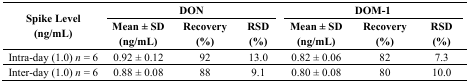
<table><thead><tr><td rowspan="2"><b>Spike Level (ng/mL)</b></td><td colspan="3"><b>DON</b></td><td colspan="3"><b>DOM-1</b></td></tr><tr><td><b>Mean ± SD (ng/mL)</b></td><td><b>Recovery (%)</b></td><td><b>RSD (%)</b></td><td><b>Mean ± SD (ng/mL)</b></td><td><b>Recovery (%)</b></td><td><b>RSD (%)</b></td></tr></thead><tbody><tr><td>Intra-day (1.0) <i>n</i> = 6</td><td>0.92 ± 0.12</td><td>92</td><td>13.0</td><td>0.82 ± 0.06</td><td>82</td><td>7.3</td></tr><tr><td>Inter-day (1.0) <i>n</i> = 6 </td><td>0.88 ± 0.08</td><td>88</td><td>9.1</td><td>0.80 ± 0.08</td><td>80</td><td>10.0</td></tr></tbody></table>